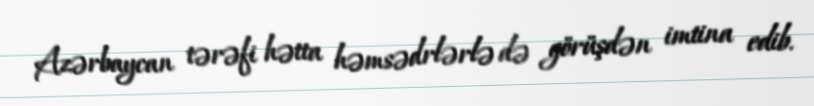
Azərbaycan tərəfi hətta həmsədrlərlə də görüşdən imtina edib.